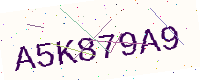
Text: A5K879A9